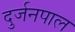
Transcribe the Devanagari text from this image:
दुर्जनपाल